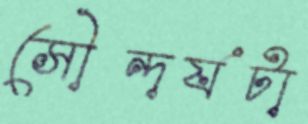
সৌন্দর্যটা